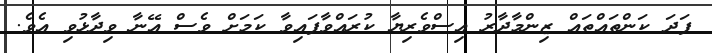
ފަދަ ކަންތައްތައް ޒިންމާދާރު އިސްވެރިޔާ ކުރައްވާފައިވާ ކަމަށް ވެސް އޭނާ ވިދާޅުވި އެވެ.